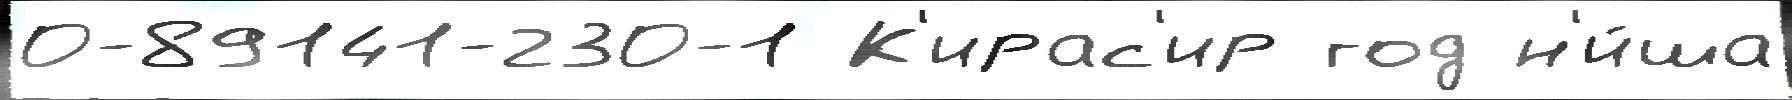
0-89141-230-1 К'ирас'ир год н'и́ша